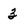
Character: 3